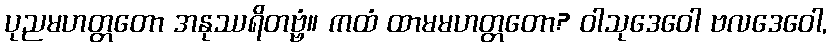
ပုညမဟတ္တတော အနုဿရိတဗ္ဗံ။ ကထံ ထာမမဟတ္တတော? ဝါသုဒေဝေါ ဗလဒေဝေါ,